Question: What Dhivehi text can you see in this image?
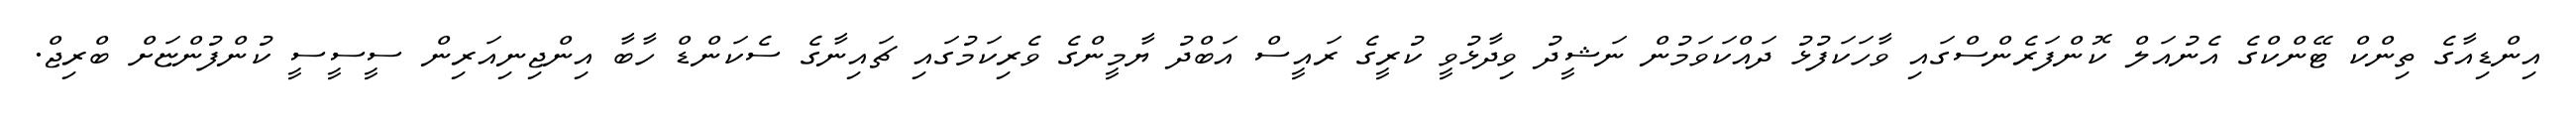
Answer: އިންޑިއާގެ ތިންކް ޓޭންކްގެ އެނުއަލް ކޮންފަރެންސްގައި ވާހަކަފުޅު ދައްކަވަމުން ނަޝީދު ވިދާޅުވީ ކުރީގެ ރައީސް އަބްދު ޔާމީންގެ ވެރިކަމުގައި ޗައިނާގެ ސެކަންޑް ހާބާ އިންޖިނިއަރިން ސީސީސީ ކުންފުންޏަށް ބްރިޖް.